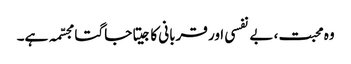
وہ محبت، بے نفسی اور قربانی کا جیتا جاگتا مجسّمہ ہے۔